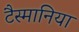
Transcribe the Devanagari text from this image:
टैस्मानिया